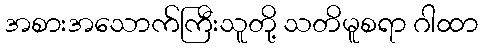
အစားအသောက်ကြီးသူတို့ သတိမူစရာ ဂါထာ